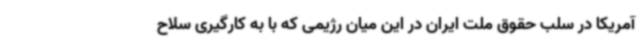
آمریکا در سلب حقوق ملت ایران در این میان رژیمی که با به کارگیری سلاح